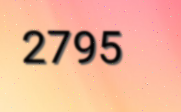
2795